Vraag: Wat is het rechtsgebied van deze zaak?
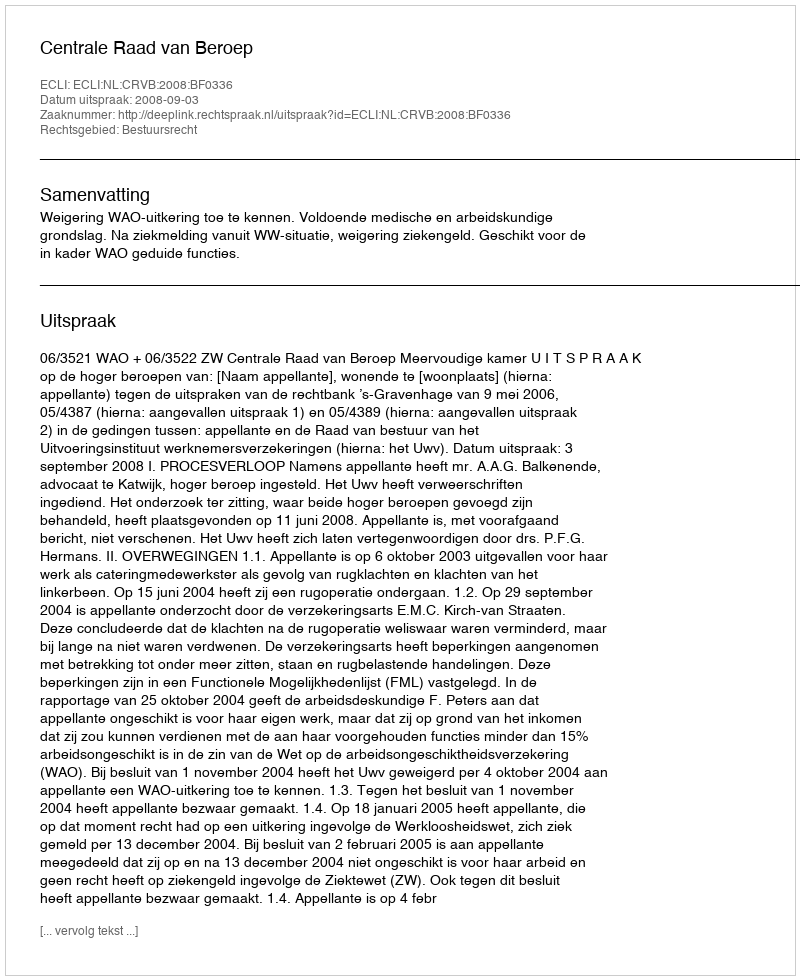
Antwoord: Bestuursrecht